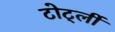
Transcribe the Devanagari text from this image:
टोर्ट्ली